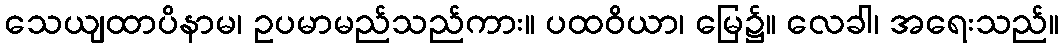
သေယျထာပိနာမ၊ ဥပမာမည်သည်ကား။ ပထဝိယာ၊ မြေ၌။ လေခါ၊ အရေးသည်။